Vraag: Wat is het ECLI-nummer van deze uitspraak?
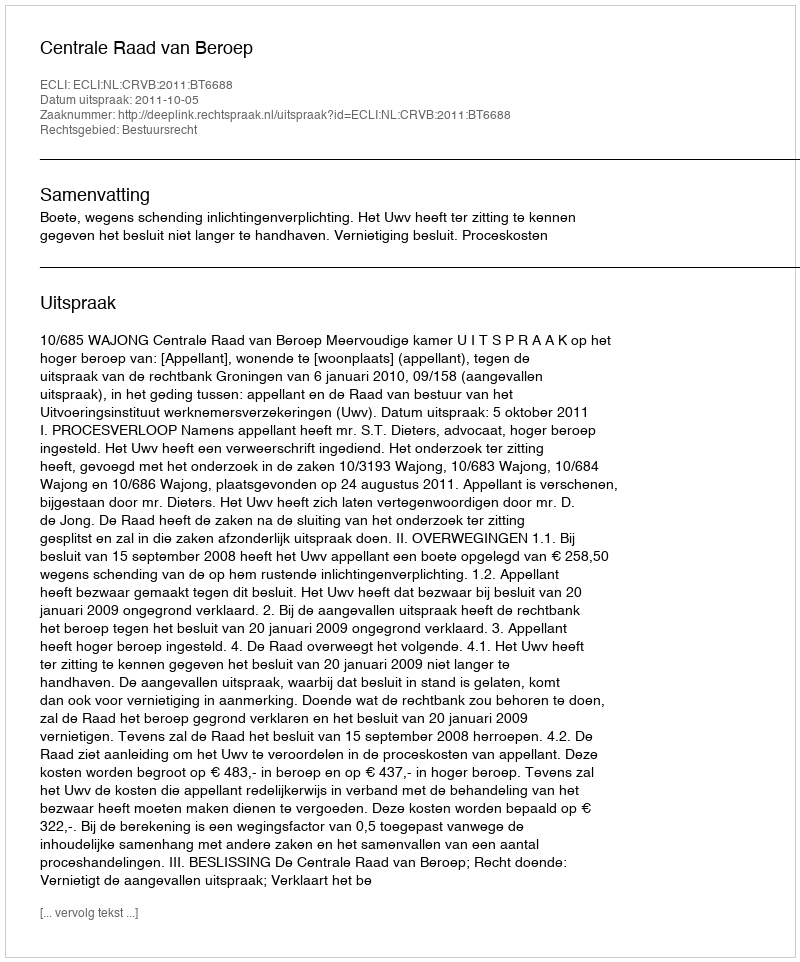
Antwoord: ECLI:NL:CRVB:2011:BT6688